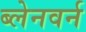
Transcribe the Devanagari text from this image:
ब्लेनवर्न